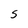
Character: S